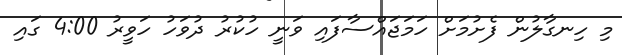
މި ހިނގާލުން ފެށުމަށް ހަމަޖައްސާފައި ވަނީ ހުކުރު ދުވަހު ހަވީރު 4:00 ގައި